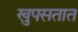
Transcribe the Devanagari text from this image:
खुपसतात